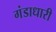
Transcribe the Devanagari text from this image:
गंडाधारी